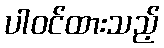
ပါဝင်ထားသည့်